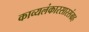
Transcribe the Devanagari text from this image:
काव्यलंकारसारसंग्रह